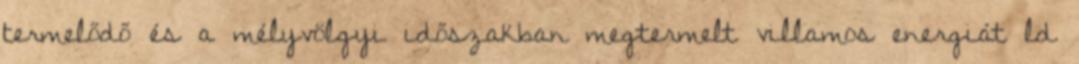
termelődő és a mélyvölgyi időszakban megtermelt villamos energiát ld